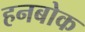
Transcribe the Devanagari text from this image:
हनबोक